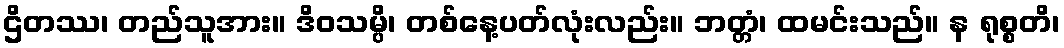
ဌိတဿ၊ တည်သူအား။ ဒိဝသမ္ပိ၊ တစ်နေ့ပတ်လုံးလည်း။ ဘတ္တံ၊ ထမင်းသည်။ န ရုစ္စတိ၊